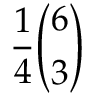
{ \frac { 1 } { 4 } } { \binom { 6 } { 3 } }